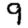
Digit: 9